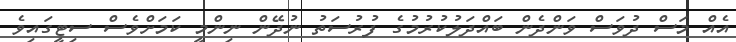
އެއް މަސް ދުވަސް ވަންދެން ބައްދަލުކުރުމުގެ ފުރުސަތު ނުދޭން ނިންމީ ކަމަށްވެސް ސިޓީގައިވެ